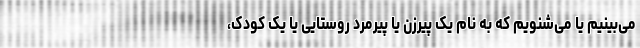
می‌بینیم یا می‌شنویم که به نام یک پیرزن یا پیرمرد روستایی یا یک کودک،